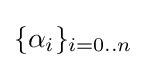
\{\alpha _{i}\}_{i=0..n}